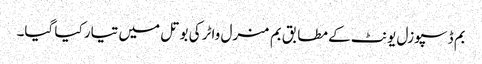
بم ڈسپوزل یونٹ کے مطابق بم منرل واٹر کی بوتل میں تیار کیا گیا۔